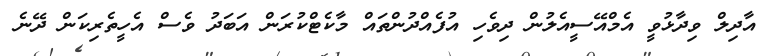
އާދިލް ވިދާޅުވީ އެމްއޭސީއެލުން ދިވެހި އުފެއްދުންތައް މާކެޓްކުރަން އަބަދު ވެސް އެހީތެރިކަން ދޭނެ